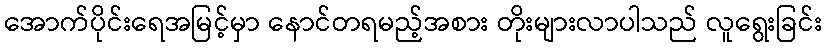
အောက်ပိုင်းရေအမြင့်မှာ နောင်တရမည့်အစား တိုးများလာပါသည် လူရွေးခြင်း